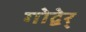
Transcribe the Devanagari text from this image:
गोद्बेर्